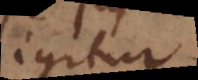
igitur